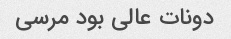
دونات عالی بود مرسی